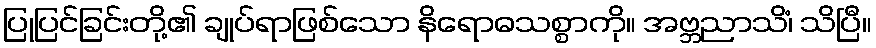
ပြုပြင်ခြင်းတို့၏ ချုပ်ရာဖြစ်သော နိရောဓသစ္စာကို။ အဗ္ဘညာသိံ၊ သိပြီ။